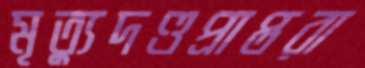
মৃত্যুদণ্ডপ্রাপ্তরা